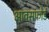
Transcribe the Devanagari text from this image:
आवसफोर्ड